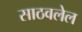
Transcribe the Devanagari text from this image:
साठवलेल